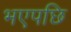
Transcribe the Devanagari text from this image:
भएपछि